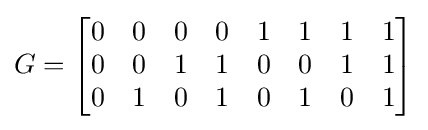
G={\begin{bmatrix}0&0&0&0&1&1&1&1\\0&0&1&1&0&0&1&1\\0&1&0&1&0&1&0&1\end{bmatrix}}